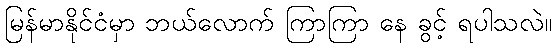
မြန်မာနိုင်ငံမှာ ဘယ်လောက် ကြာကြာ နေ ခွင့် ရပါသလဲ။